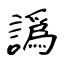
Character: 譌